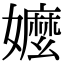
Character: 嬤